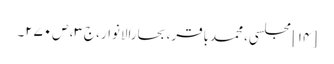
[۱۴] مجلسی، محمدباقر، بحارالانوار، ج‌۳، ص‌۲۷۰۔